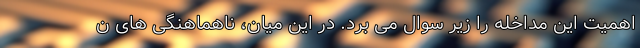
اهمیت این مداخله را زیر سوال می برد. در این میان، ناهماهنگی های ن